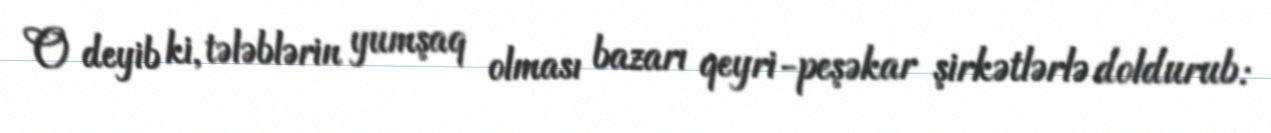
O deyib ki, tələblərin yumşaq olması bazarı qeyri-peşəkar şirkətlərlə doldurub: